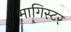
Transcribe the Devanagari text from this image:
मागिस्टर